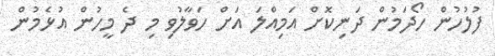
ފުލުހުން ހޯދަމުން ދަނިކޮށް އަމިއްލަ އަށް ހަވާލުވި މި ދެ މީހުން އުޅެމުން